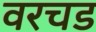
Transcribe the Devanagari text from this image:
वरचड